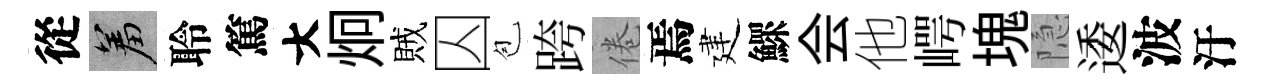
從羞聆篤大炯賊囚苞跨倦焉建鰥会他崿塊隐逶波汙